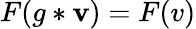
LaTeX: F(g*\mathbf{v})=F(v)